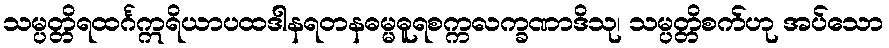
သမ္ပတ္တိရထင်္ဂဣရိယာပထဒါနရတနဓမ္မဓူရစက္ကလက္ခဏာဒိသု၊ သမ္ပတ္တိစက်ဟု အပ်သော